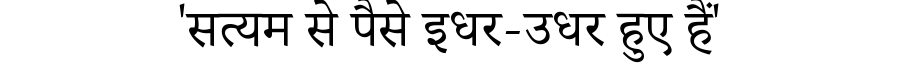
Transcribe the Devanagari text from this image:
'सत्यम से पैसे इधर-उधर हुए हैं'